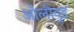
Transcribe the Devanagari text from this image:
ओलीवुड